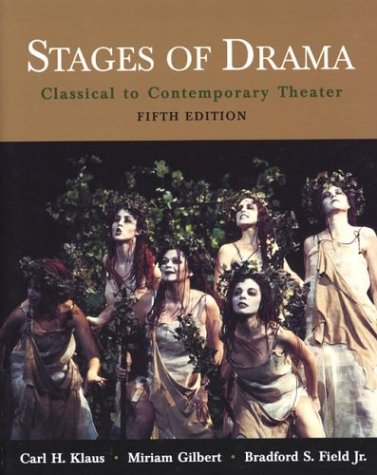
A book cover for Stages of Drama: Classical to Contemporary Theater; Carl H. Klaus; Literature & Fiction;